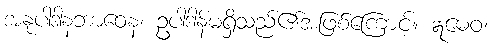
အနုပါဒါနဘာဝေန၊ ဥပါဒါန်မရှိသည်၏အဖြစ်ကြောင့်။ ဣဓေဝ၊